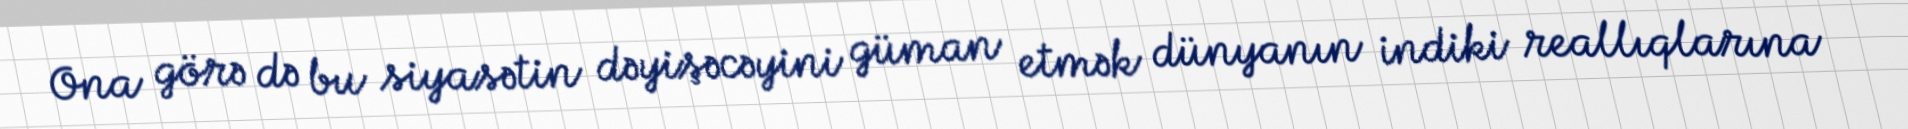
Ona görə də bu siyasətin dəyişəcəyini güman etmək dünyanın indiki reallıqlarına